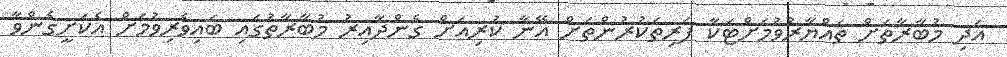
އަދި މުބާރާތަށް ތައްޔާރުވުމަށްޓަކާ ފަރިތަކުރުންތަށް އޭނާ ކުރިއަށް ގެންދާއިރު މުބާރާތުގައި ބައިވެރިވުމަށް އެކަށީގެންވާ